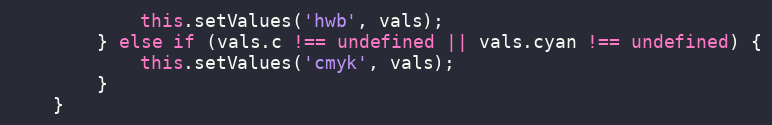
Language: JavaScript
			this.setValues('hwb', vals);
		} else if (vals.c !== undefined || vals.cyan !== undefined) {
			this.setValues('cmyk', vals);
		}
	}